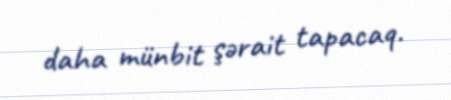
daha münbit şərait tapacaq.